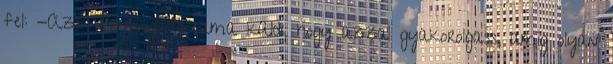
fel: -Azt Tsunayoshi-sama küldi, hogy azzal gyakorolgass, amíg olyan